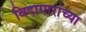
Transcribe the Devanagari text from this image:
विदागारांच्या